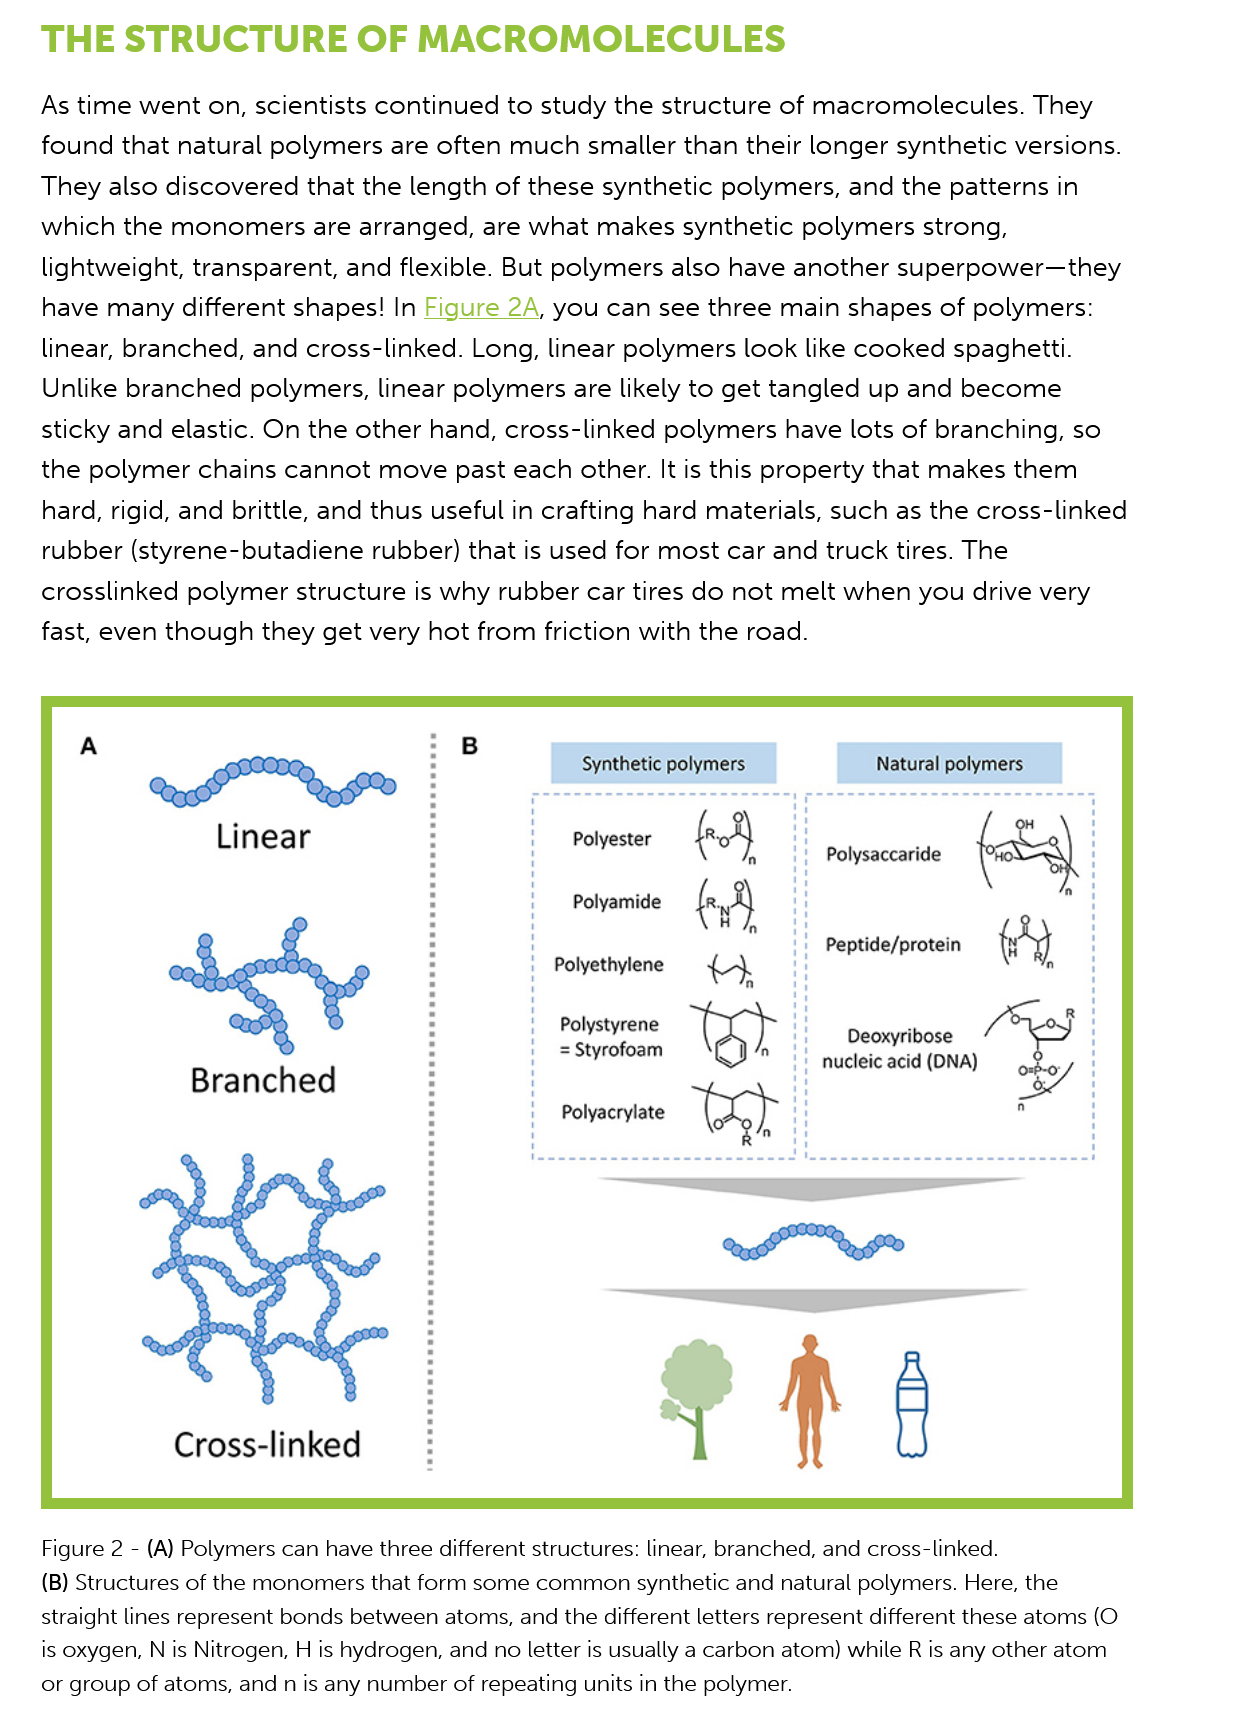
THE    STRUCTURE    OF   MACROMOLECULES
    Figure 2
     -
     (A) Polymers can have three different structures: linear, branched, and cross-linked.
    (B) Structures of the monomers that form some common synthetic and natural polymers. Here, the
    straight lines represent bonds between atoms, and the different letters represent different these atoms (O
    is oxygen, N is Nitrogen, H is hydrogen, and no letter is usually a carbon atom) while R is any other atom
    or group of atoms, and n is any number of repeating units in the polymer.
    As time went  on, scientists continued  to study the structure of macromolecules.    They
    found  that natural polymers  are often much   smaller than their longer synthetic versions.
    They  also discovered  that the length of these synthetic polymers,  and  the patterns in
    which  the monomers   are  arranged,  are what  makes  synthetic polymers   strong,
    lightweight, transparent, and  flexible. But polymers also have another  superpower—they
    have  many different  shapes! In Figure
     2A,
     you can  see three main  shapes  of polymers:
    linear, branched, and  cross-linked. Long, linear polymers  look  like cooked spaghetti.
    Unlike branched   polymers,  linear polymers are likely to get tangled up and  become
    sticky and elastic. On the other hand,  cross-linked polymers   have lots of branching, so
    the polymer   chains cannot  move past  each  other. It is this property that makes them
    hard, rigid, and brittle, and thus useful in crafting hard materials, such as the cross-linked
    rubber (styrene-butadiene   rubber)  that is used for most car and truck tires. The
    crosslinked  polymer  structure is why rubber car tires do not melt  when  you  drive very
    fast, even though they  get very hot from  friction with the road.